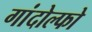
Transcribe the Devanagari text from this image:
गांदोल्फो